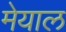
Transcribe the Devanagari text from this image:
मेयाल